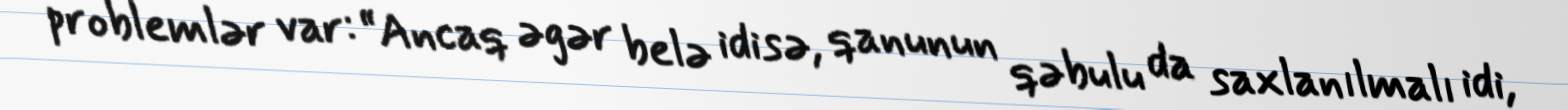
problemlər var: “Ancaq əgər belə idisə, qanunun qəbulu da saxlanılmalı idi,